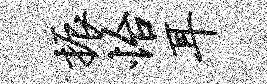
振怡耳